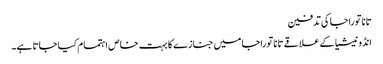
تانا توراجا کی تدفین
انڈونیشیا کے علاقے تانا توراجا میں جنازے کا بہت خاص اہتمام کیا جاتا ہے۔